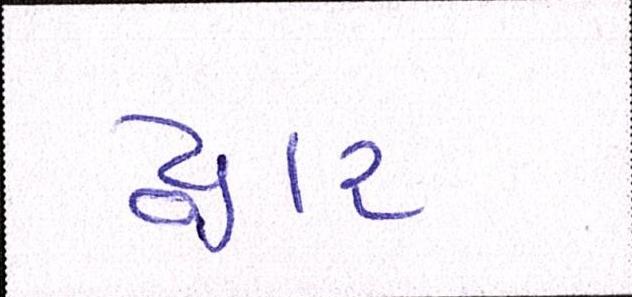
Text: દારૃ